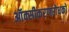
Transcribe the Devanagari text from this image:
ऑक्सीकरणरोधकों